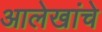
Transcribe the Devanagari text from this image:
आलेखांचे